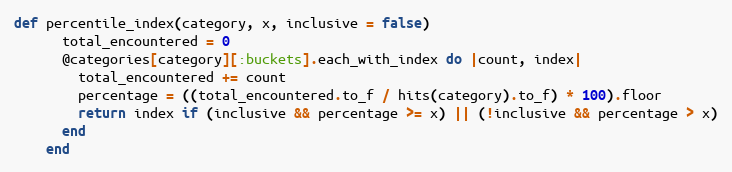
Language: Ruby
def percentile_index(category, x, inclusive = false)
      total_encountered = 0
      @categories[category][:buckets].each_with_index do |count, index|
        total_encountered += count
        percentage = ((total_encountered.to_f / hits(category).to_f) * 100).floor
        return index if (inclusive && percentage >= x) || (!inclusive && percentage > x)
      end
    end